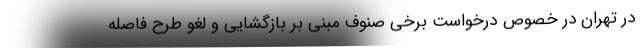
در تهران در خصوص درخواست برخی صنوف مبنی بر بازگشایی و لغو طرح فاصله